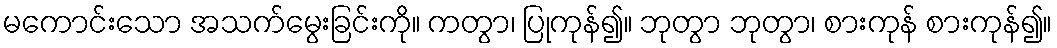
မကောင်းသော အသက်မွေးခြင်းကို။ ကတွာ၊ ပြုကုန်၍။ ဘုတွာ ဘုတွာ၊ စားကုန် စားကုန်၍။